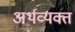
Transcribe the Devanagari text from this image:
अर्थव्यक्त